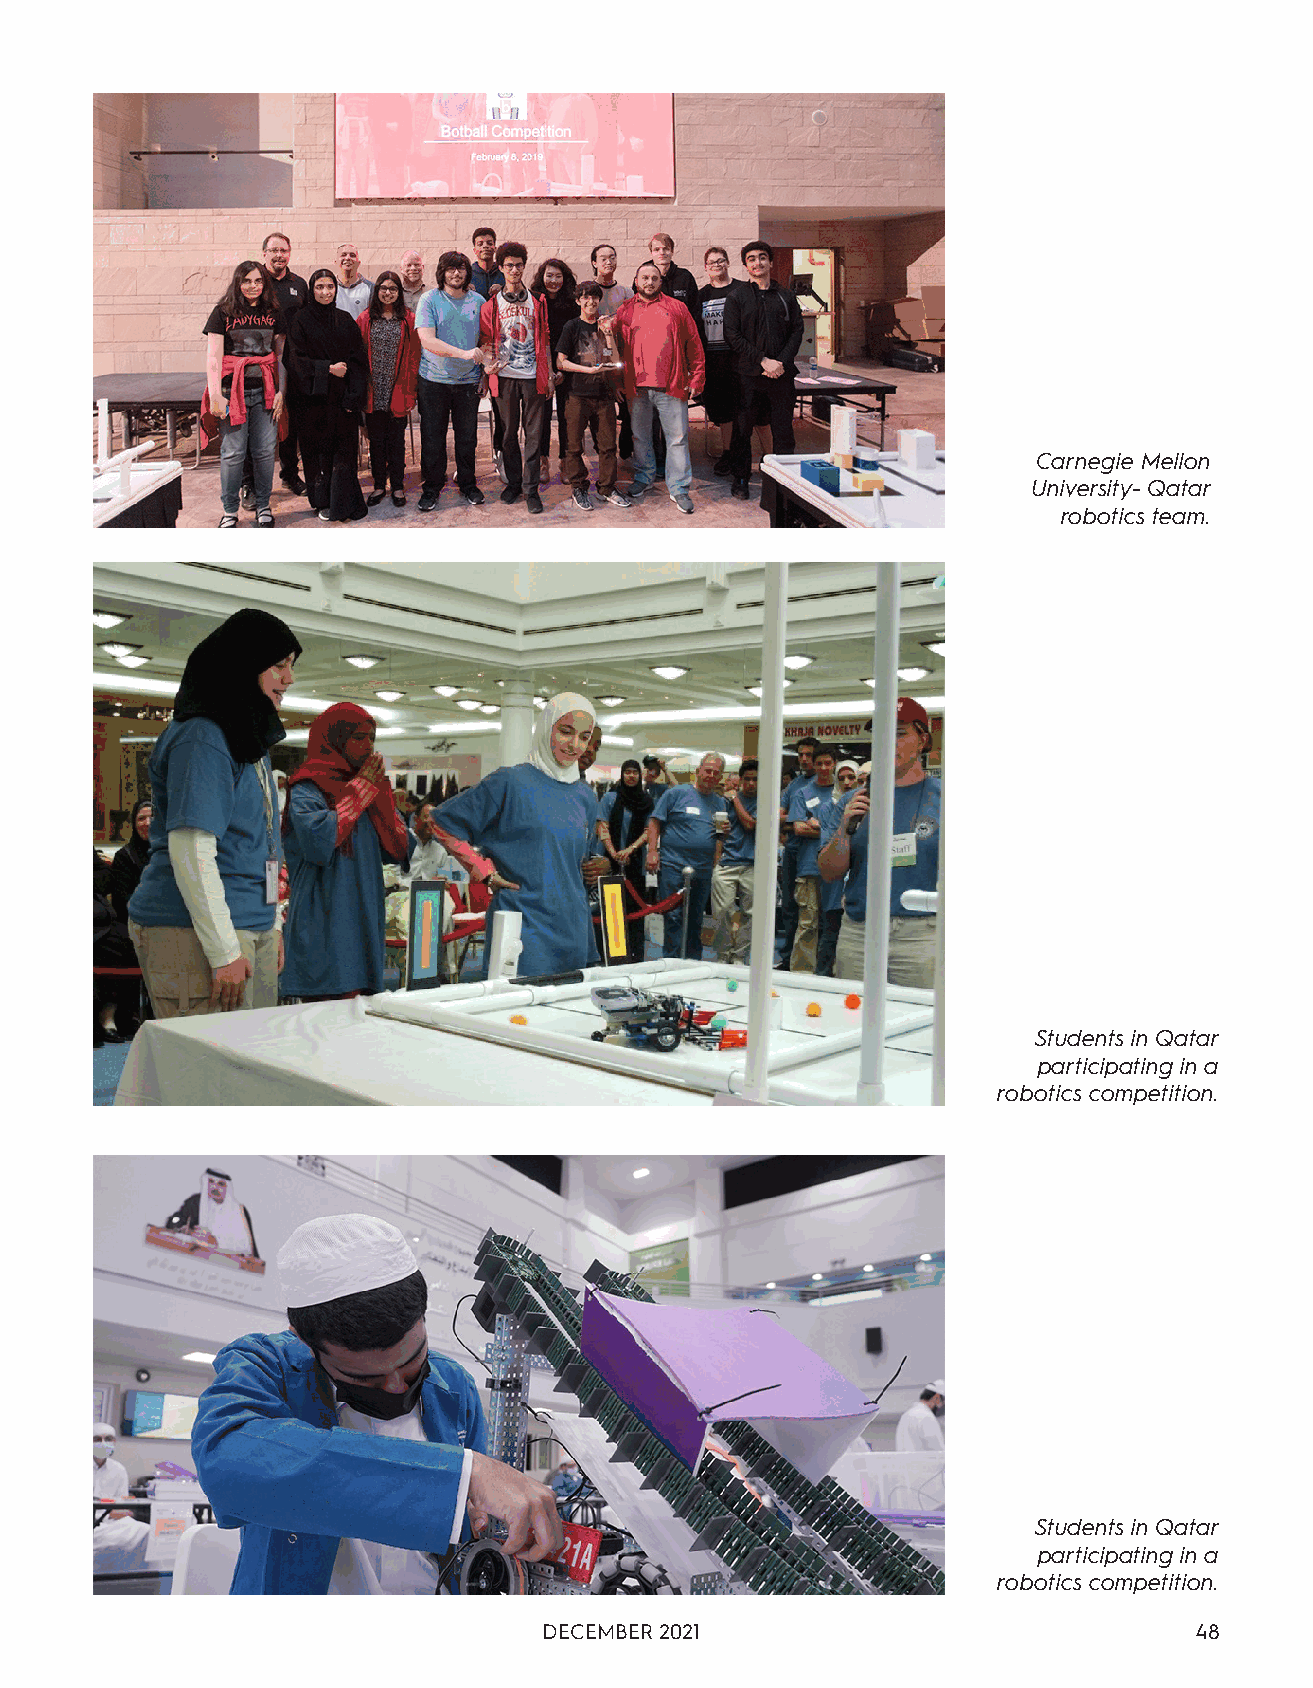
Carnegie Mellon
 University- Qatar
 robotics team.
 Students in Qatar
 participating in a
 robotics competition.
 Students in Qatar
 participating in a
 robotics competition.
 DECEMBER 2021                              48